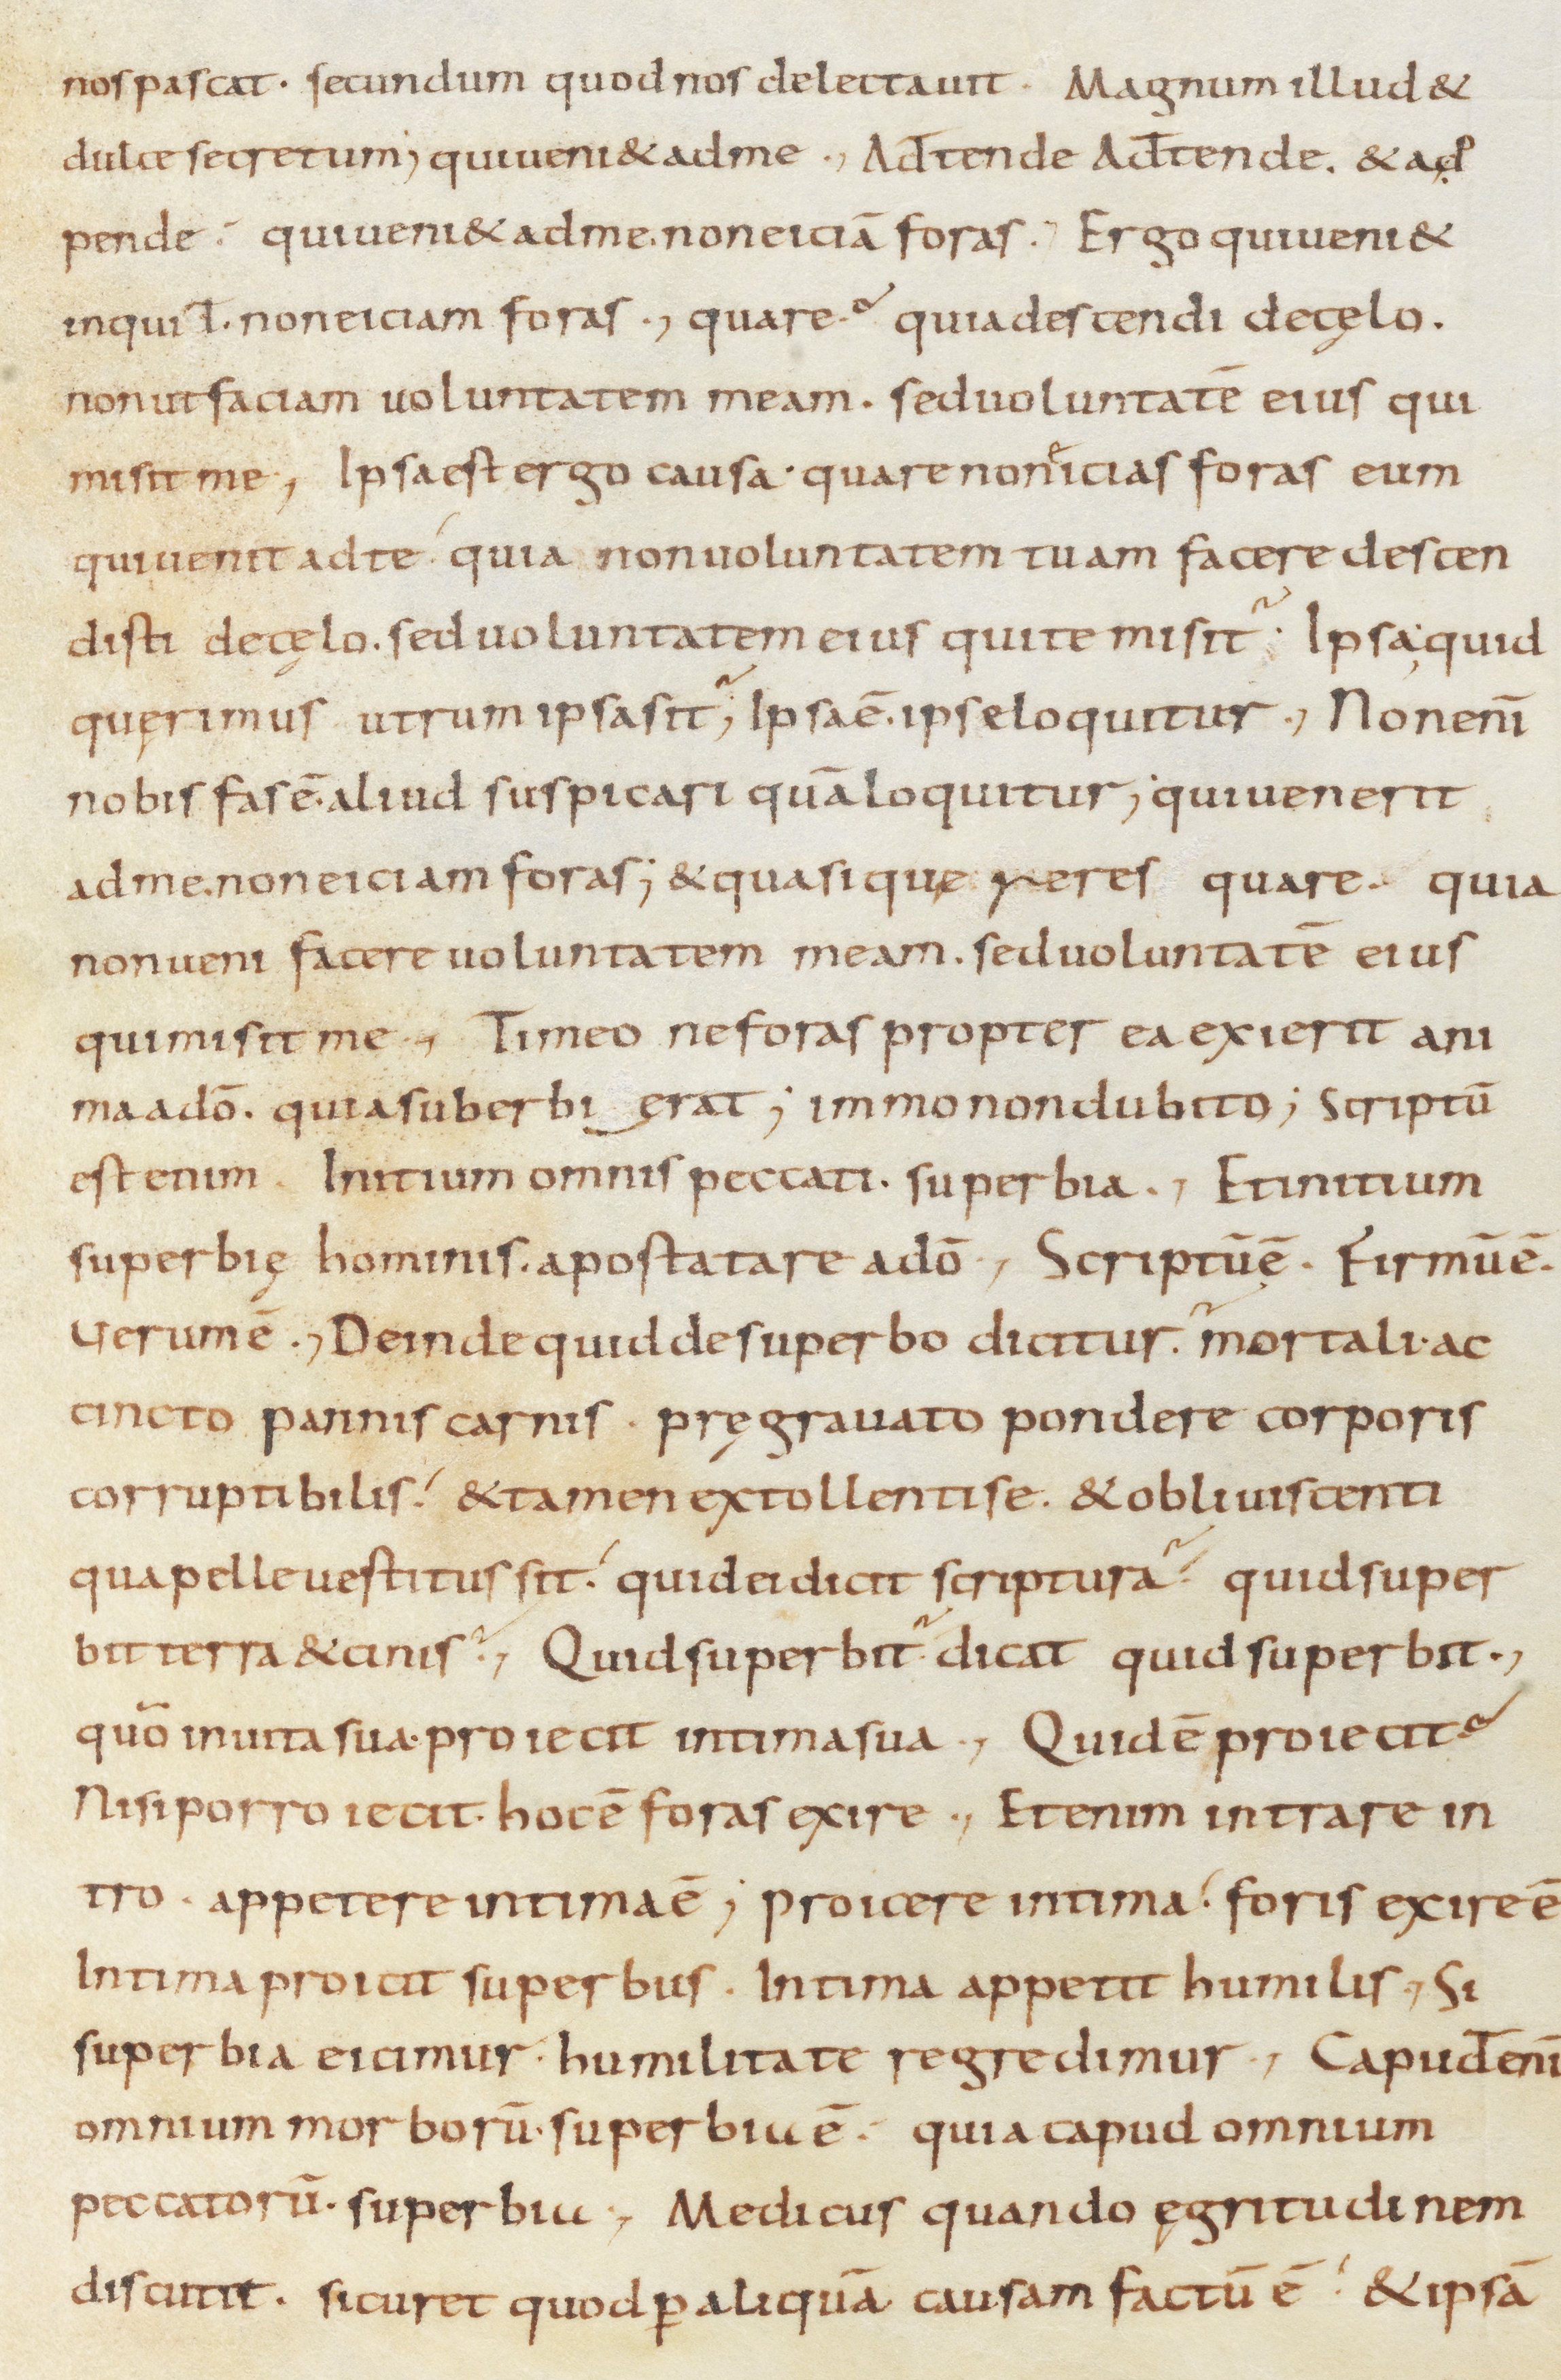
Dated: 800–899